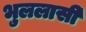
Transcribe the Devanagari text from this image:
भुललासी